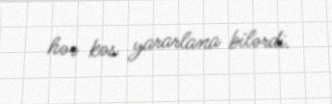
hər kəs yararlana bilərdi.